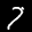
Label: 7